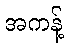
အကန့်